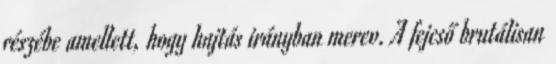
részébe amellett, hogy hajtás irányban merev. A fejcső brutálisan